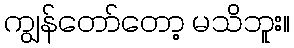
ကျွန်တော်တော့ မသိဘူး။